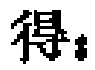
得：